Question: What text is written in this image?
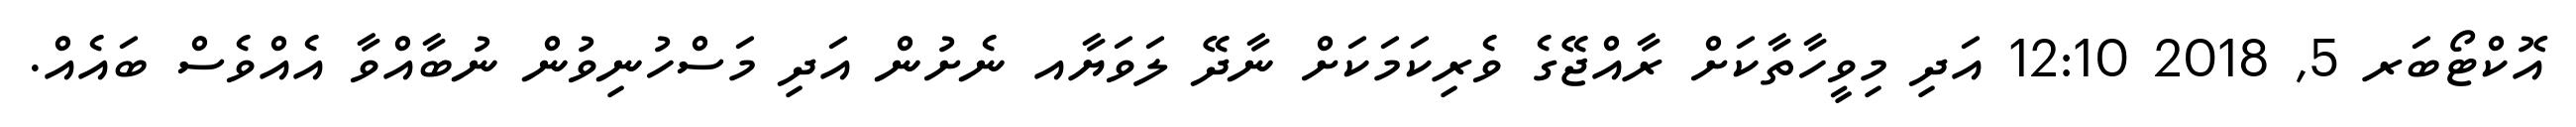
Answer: އޮކްޓޯބަރ 5, 2018 12:10 އަދި މިވީހާތާކަށް ރާއްޖޭގެ ވެރިކަމަކަށް ނާދޭ ލަވަޔާއ ނެށުން އަދި މަސްހުނިވުން ނުބާއްވާ އެއްވެސް ބައެއް.